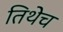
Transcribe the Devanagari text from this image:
तिथेेच